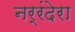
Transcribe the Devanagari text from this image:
नर्रंदेरा